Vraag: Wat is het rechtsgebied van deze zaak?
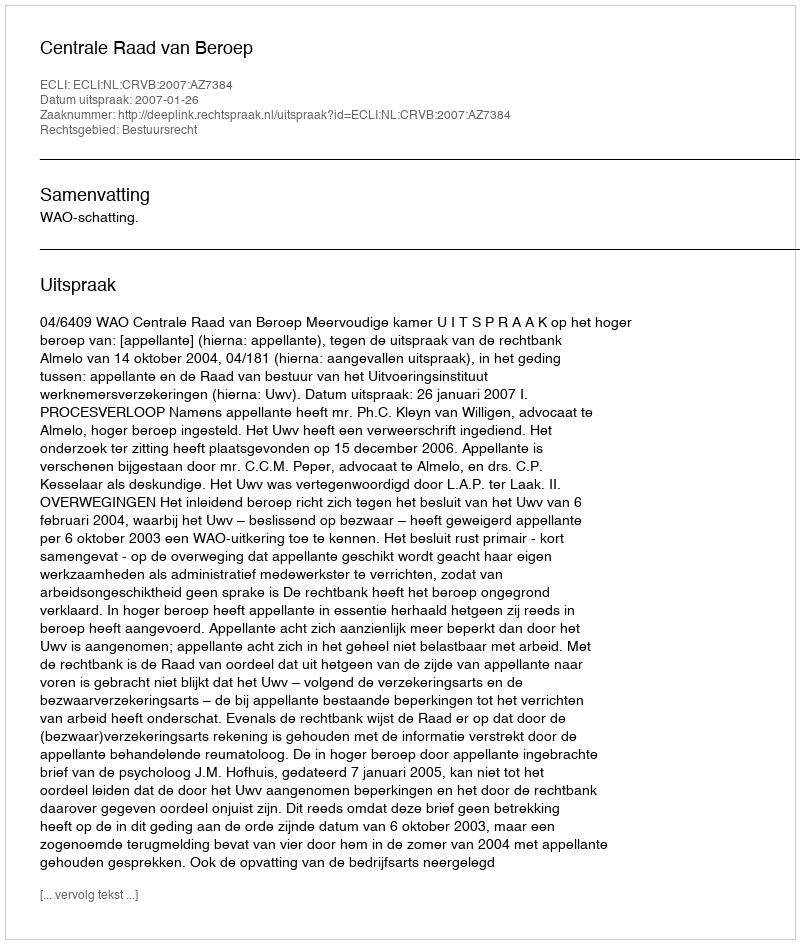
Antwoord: Bestuursrecht